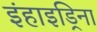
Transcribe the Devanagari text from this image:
इंहाइड्रिना